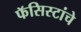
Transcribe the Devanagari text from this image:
फॅसिस्टांचे